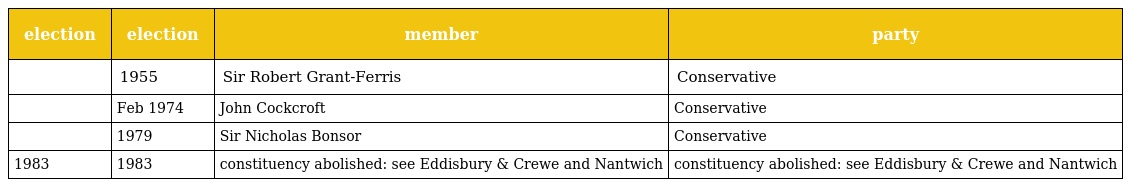
| election | election | member | party |
 | --- | --- | --- | --- |
 |  | 1955 | Sir Robert Grant-Ferris | Conservative |
 |  | Feb 1974 | John Cockcroft | Conservative |
 |  | 1979 | Sir Nicholas Bonsor | Conservative |
 | 1983 | 1983 | constituency abolished: see Eddisbury & Crewe and Nantwich | constituency abolished: see Eddisbury & Crewe and Nantwich |